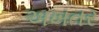
અખતર